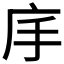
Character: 𭙕